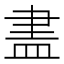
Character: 𥁞